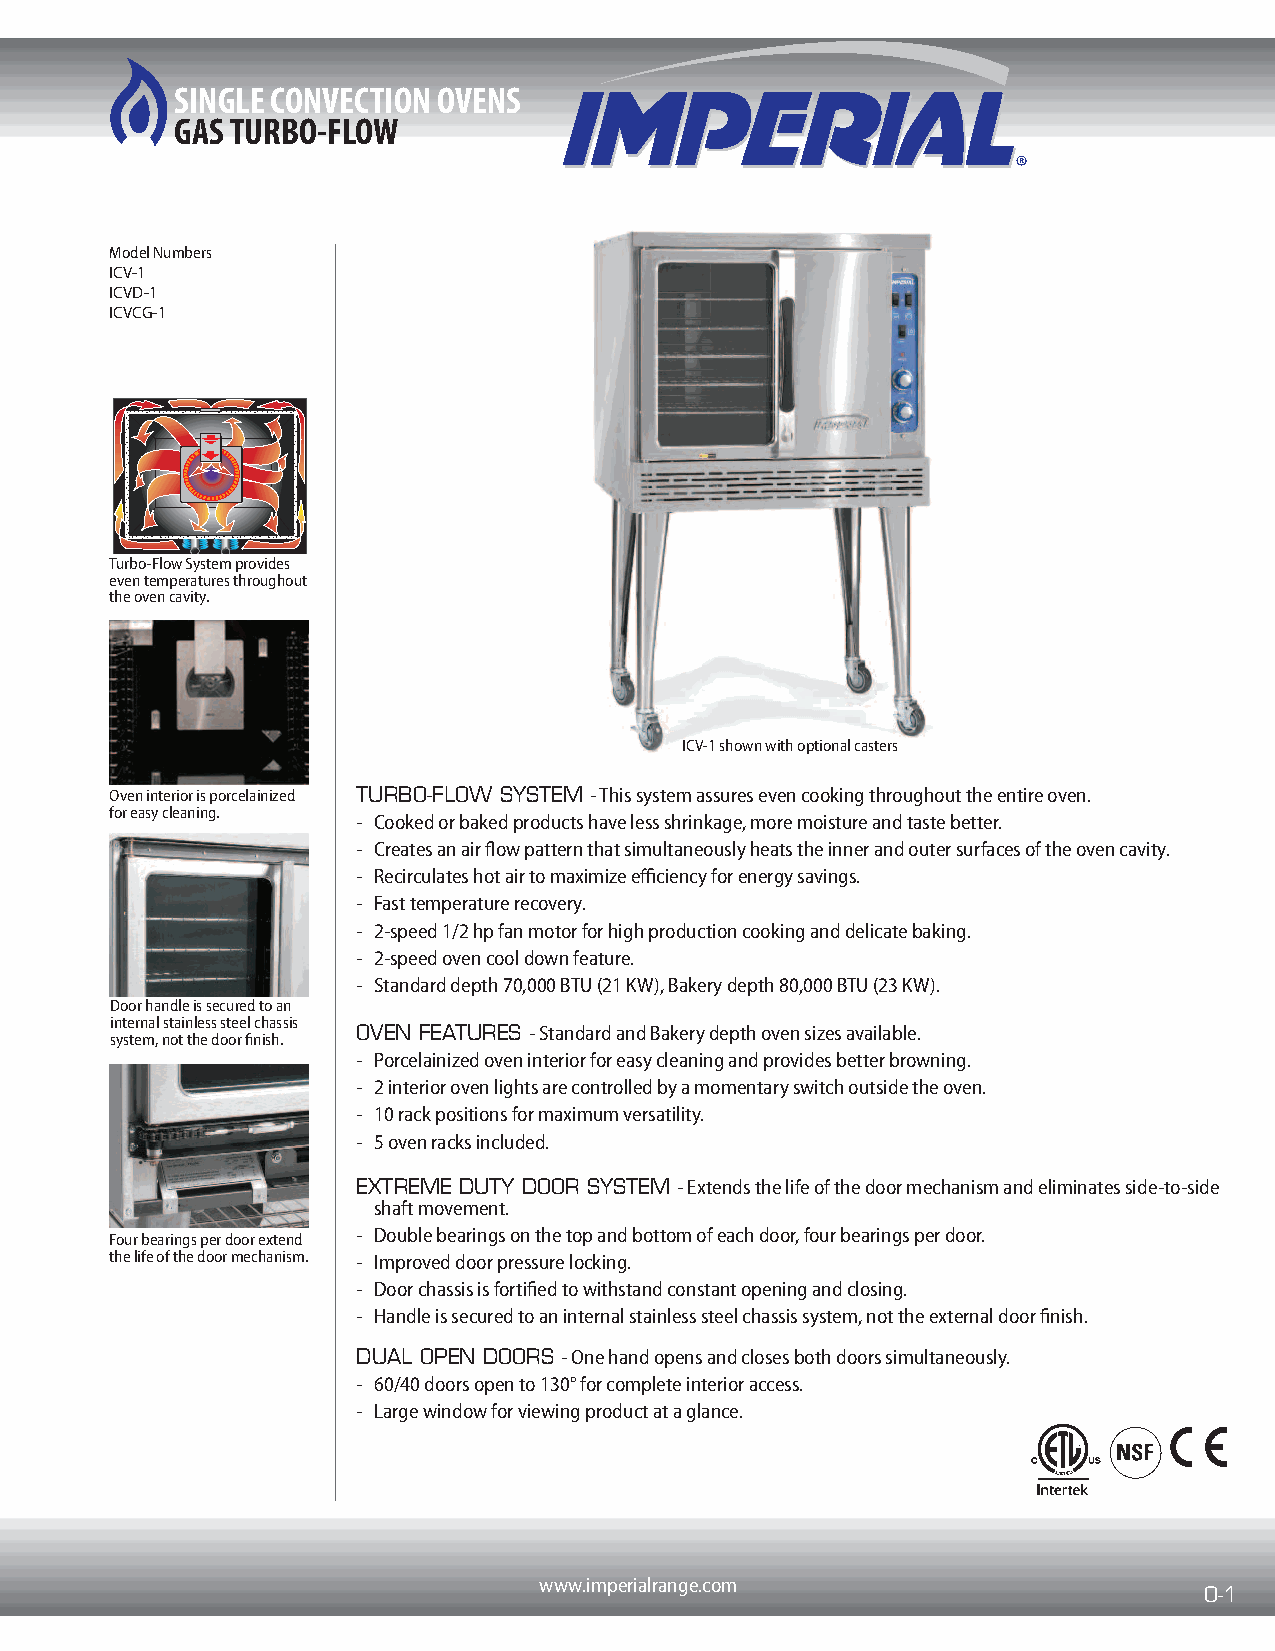
SINGLE CONVECTION OVENS
 GAS TURBO-FLOW
 Model Numbers
 ICV-1
 ICVD-1
 ICVCG-1
 Turbo-Flow System provides
 even temperatures throughout
 the oven cavit y.
 ICV-1 shown with optional casters
 Oven interior is porcelainized TURBO-FLOW SYSTEM - This system assures even cooking throughout the entire oven.
 for easy cleaning.
 - Cooked or baked products have less shrinkage, more moisture and taste better.
 - Creates an air flow pattern that simultaneously heats the inner and outer surfaces of the oven cavity.
 - Recirculates hot air to maximize efficiency for energy savings.
 - Fast temperature recovery.
 - 2-speed 1/2 hp fan motor for high production cooking and delicate baking.
 - 2-speed oven cool down feature.
 - Standard depth 70,000 BTU (21 KW), Bakery depth 80,000 BTU (23 KW).
 Door handle is secured to an
 internal stainless steel chassis
 OVEN FEATURES - Standard and Bakery depth oven sizes available.
 system, not the door finish.
 - Porcelainized oven interior for easy cleaning and provides better browning.
 - 2 interior oven lights are controlled by a momentary switch outside the oven.
 - 10 rack positions for maximum versatility.
 - 5 oven racks included.
 EXTREME DUTY DOOR SYSTEM - Extends the life of the door mechanism and eliminates side-to-side
 shaft movement.
 - Double bearings on the top and bottom of each door, four bearings per door.
 Four bearings per door extend
 the life of the door mechanism. - Improved door pressure locking.
 - Door chassis is fortified to withstand constant opening and closing.
 - Handle is secured to an internal stainless steel chassis system, not the external door finish.
 DUAL OPEN DOORS - One hand opens and closes both doors simultaneously.
 - 60/40 doors open to 130° for complete interior access.
 - Large window for viewing product at a glance.
 wwwwww..iimmppeerriiaallrraannggee..ccoomm
 O-1